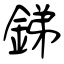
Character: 銻